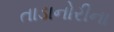
તાડાનોરીના